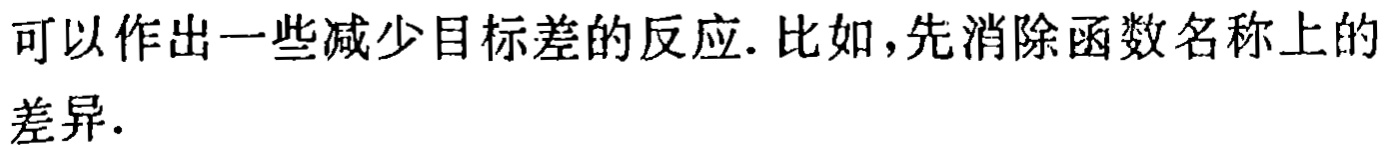
可以作出一些减少目标差的反应. 比如，先消除函数名称上的差异.